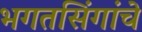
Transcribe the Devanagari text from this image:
भगतसिंगांचे